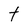
Character: t